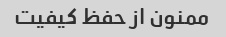
ممنون از حفظ کیفیت